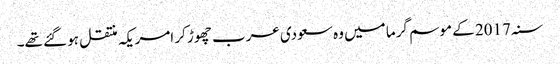
سنہ 2017 کے موسم گرما میں وہ سعودی عرب چھوڑ کر امریکہ منتقل ہو گئے تھے۔